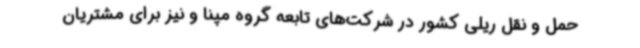
حمل و نقل ریلی کشور در شرکت‌های تابعه گروه مپنا و نیز برای مشتریان